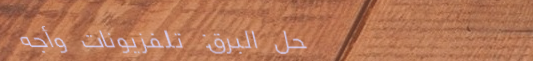
محل البرق: تلفزيونات وأجه